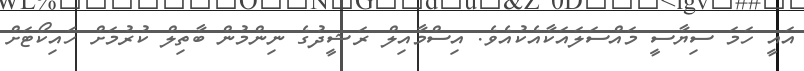
އައީ ހަމަ ސިޔާސީ މައްސަލައަކާއެކުއެވެ. އިސްމާއިލް ރަޝީދުގެ ނިންމުން ބާތިލް ކުރުމަށް ހައިކޯޓަށް